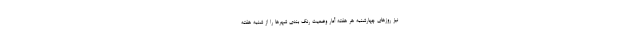
نیز روزهای چهارشنبه هر هفته آمار وضعیت رنگ بندی شهرها را از شنبه هفته